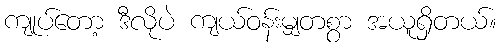
ကျုပ်တော့ ဒီလိုပဲ ကျယ်ဝန်းမျှတစွာ အယူရှိတယ်။